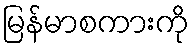
မြန်မာစကားကို